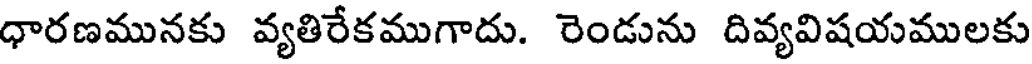
ధారణమునకు వ్యతిరేకముగాదు. రెండును దివ్యవిషయములకు